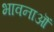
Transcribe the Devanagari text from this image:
भावनाऒं